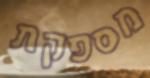
מספקת